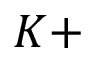
K +